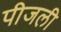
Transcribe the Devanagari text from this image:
पीजली